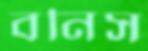
বনিস